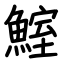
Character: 鰘